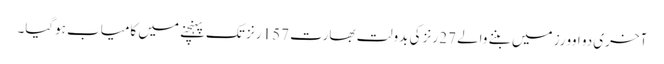
آخری دو اوورز میں بننے والے 27 رنز کی بدولت بھارت 157 رنز تک پہنچنے میں کامیاب ہوگیا۔